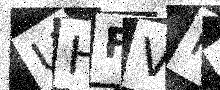
Text: UHFVHS